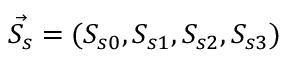
\vec { S _ { s } } = ( S _ { s 0 } , S _ { s 1 } , S _ { s 2 } , S _ { s 3 } )